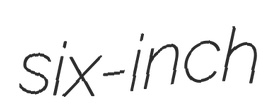
six-inch